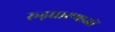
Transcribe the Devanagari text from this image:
रूढ़धारणाओं